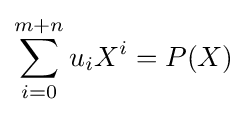
\sum _{i=0}^{m+n}u_{i}X^{i}=P(X)